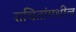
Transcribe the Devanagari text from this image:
राचितांमधील